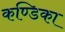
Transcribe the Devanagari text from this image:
कण्‍डिका